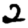
Digit: 2